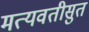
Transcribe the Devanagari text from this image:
मत्यवतीसुत